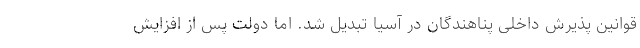
قوانین پذیرش داخلی پناهندگان در آسیا تبدیل شد. اما دولت پس از افزایش